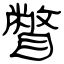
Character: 瞥